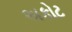
અકોટ